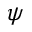
\psi